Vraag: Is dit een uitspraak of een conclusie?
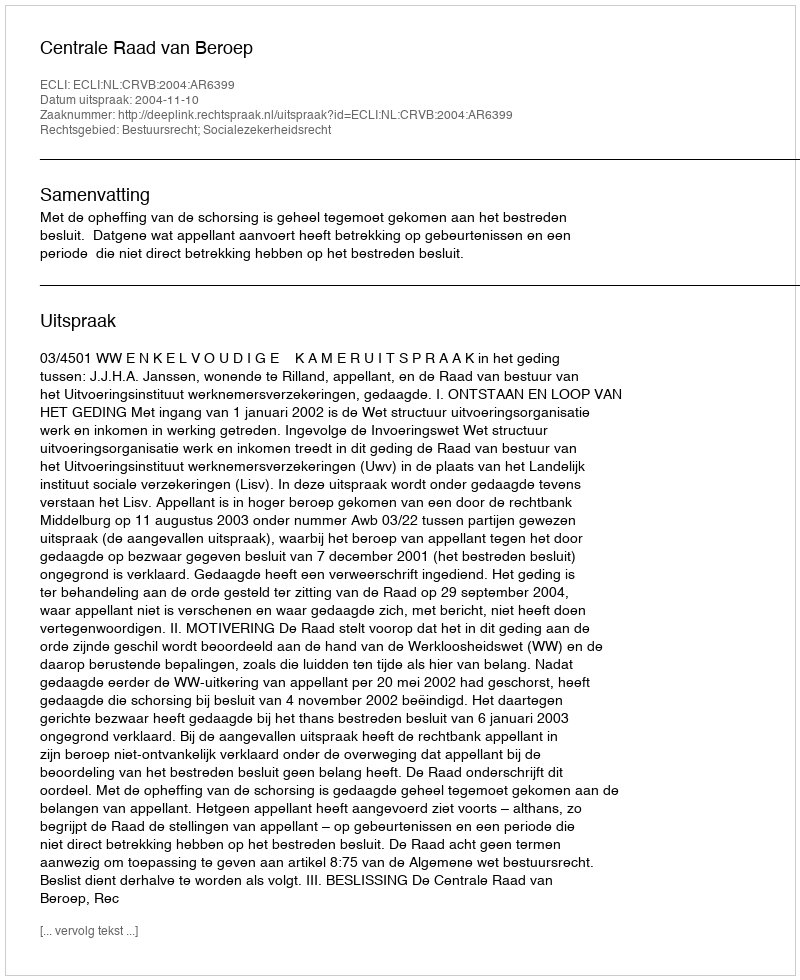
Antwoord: Uitspraak